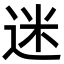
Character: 迷